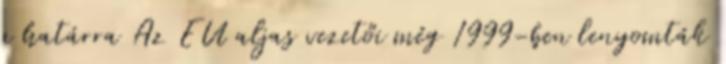
a határra Az EU aljas vezetői még 1999-ben lenyomták